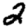
Digit: 2